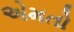
એમતો